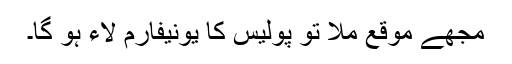
مجھے موقع ملا تو پولیس کا یونیفارم لاء ہو گا۔